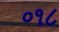
૦૧૮